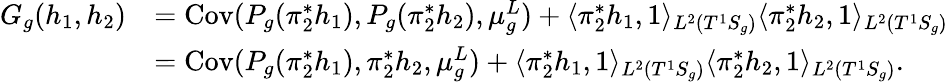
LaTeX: \begin{array}{rl}{G_{g}(h_{1},h_{2})}&{=\mathrm{Cov}(P_{g}(\pi_{2}^{*}h_{1}),P_{g}(\pi_{2}^{*}h_{2}),\mu_{g}^{L})+\langle\pi_{2}^{*}h_{1},1\rangle_{L^{2}(T^{1}S_{g})}\langle\pi_{2}^{*}h_{2},1\rangle_{L^{2}(T^{1}S_{g})}}\\ &{=\mathrm{Cov}(P_{g}(\pi_{2}^{*}h_{1}),\pi_{2}^{*}h_{2},\mu_{g}^{L})+\langle\pi_{2}^{*}h_{1},1\rangle_{L^{2}(T^{1}S_{g})}\langle\pi_{2}^{*}h_{2},1\rangle_{L^{2}(T^{1}S_{g})}.}\end{array}